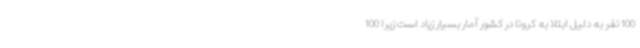
100 نفر به دلیل ابتلا به کرونا در کشور آمار بسیار زیاد است زیرا 100